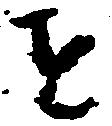
を